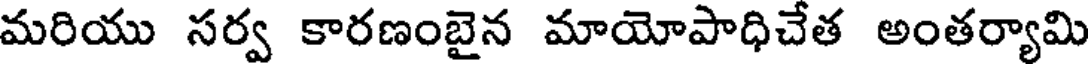
మరియు సర్వ కారణంబైన మాయోపాధిచేత అంతర్యామి